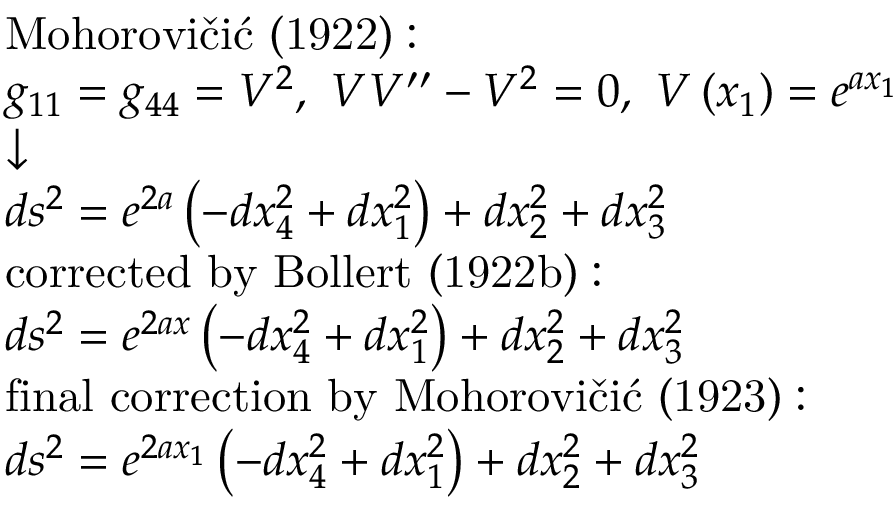
{ \scriptstyle { \begin{array} { l } { { \mathrm { M o h o r o v i č i ć ~ ( 1 9 2 2 ) : } } } \\ { g _ { 1 1 } = g _ { 4 4 } = V ^ { 2 } , \ V V ^ { \prime \prime } - V ^ { 2 } = 0 , \ V \left( x _ { 1 } \right) = e ^ { a x _ { 1 } } } \\ { { \boldsymbol { \downarrow } } } \\ { d s ^ { 2 } = e ^ { 2 a } \left( - d x _ { 4 } ^ { 2 } + d x _ { 1 } ^ { 2 } \right) + d x _ { 2 } ^ { 2 } + d x _ { 3 } ^ { 2 } } \\ { { \mathrm { c o r r e c t e d ~ b y ~ B o l l e r t ~ ( 1 9 2 2 b ) : } } } \\ { d s ^ { 2 } = e ^ { 2 a x } \left( - d x _ { 4 } ^ { 2 } + d x _ { 1 } ^ { 2 } \right) + d x _ { 2 } ^ { 2 } + d x _ { 3 } ^ { 2 } } \\ { { \mathrm { f i n a l ~ c o r r e c t i o n ~ b y ~ M o h o r o v i č i ć ~ ( 1 9 2 3 ) : } } } \\ { d s ^ { 2 } = e ^ { 2 a x _ { 1 } } \left( - d x _ { 4 } ^ { 2 } + d x _ { 1 } ^ { 2 } \right) + d x _ { 2 } ^ { 2 } + d x _ { 3 } ^ { 2 } } \end{array} } }